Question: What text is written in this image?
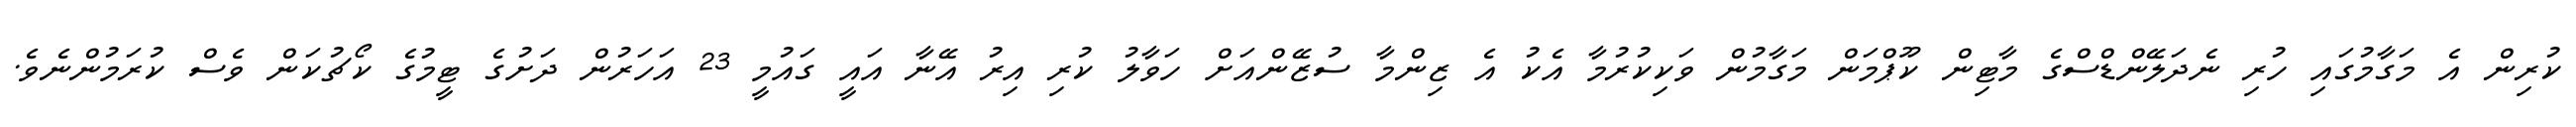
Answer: ކުރިން އެ މަގާމުގައި ހުރި ނެދަލޭންޑްސްގެ މާޓިން ކޫޕްމަން މަގާމުން ވަކިކުރުމާ އެކު އެ ޒިންމާ ސުޒޭންއަށް ހަވާލު ކުރި އިރު އޭނާ އައީ ގައުމީ 23 އަހަރުން ދަށުގެ ޓީމުގެ ކޯޗުކަން ވެސް ކުރަމުންނެވެ.